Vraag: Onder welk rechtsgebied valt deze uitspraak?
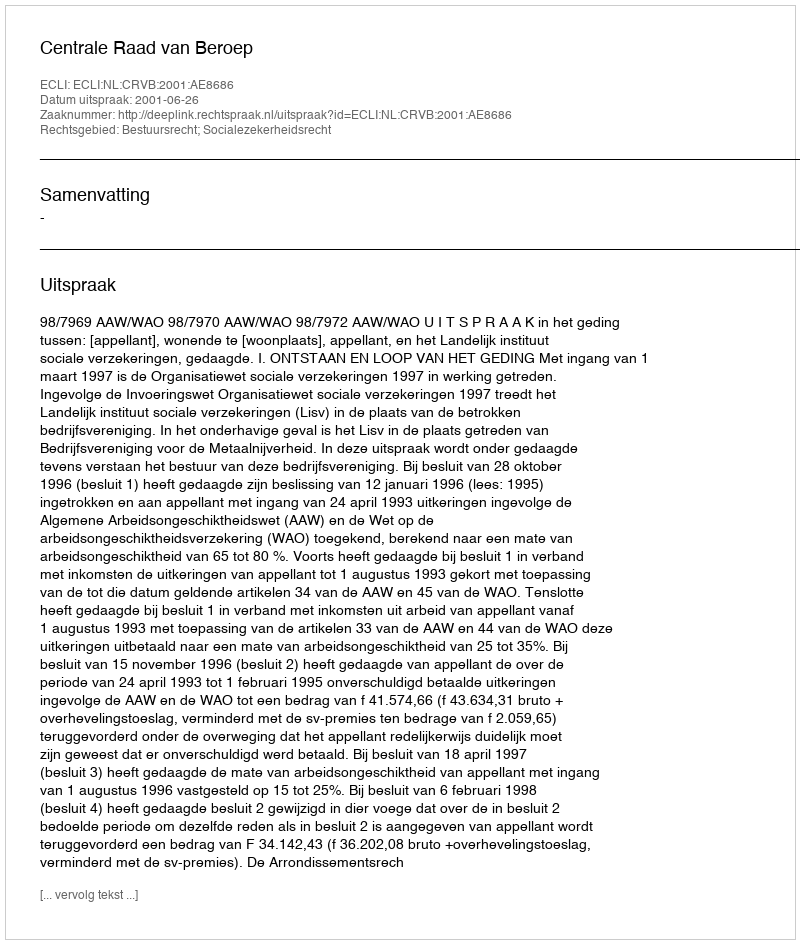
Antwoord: Bestuursrecht; Socialezekerheidsrecht